Annual statistical returns and brief notes on vaccination in Bengal - 1896-1909
Year: 1896
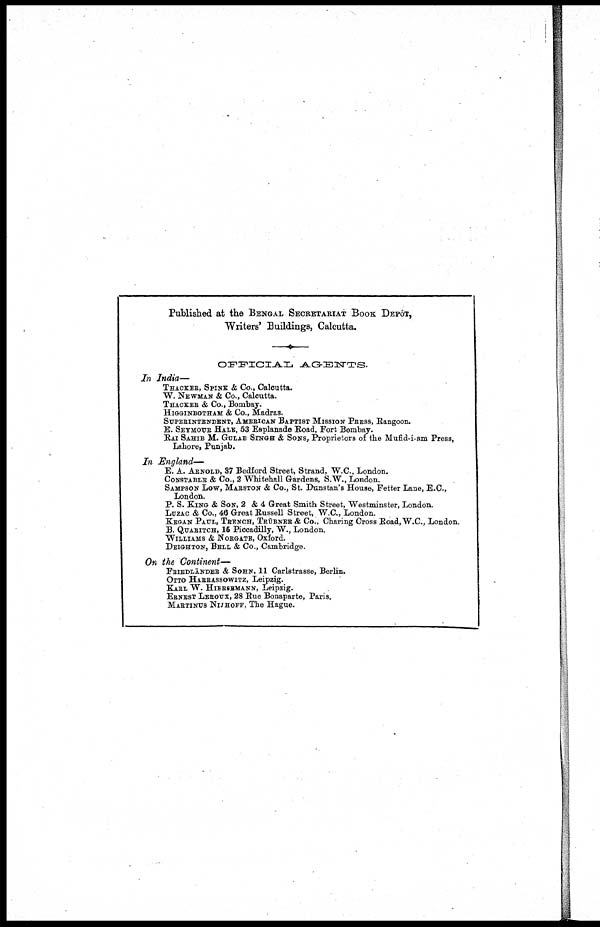
Published at the BENGAL SECRETARIAT BOOK DEPÔT,
Writers' Buildings, Calcutta.
OFFICIAL
AGENTS.
In India—
THACKER, SPINK & Co., Calcutta.
W. NEWMAN & Co., Calcutta.
THACKER & Co., Bombay.
HIGGINBOTHAM & Co., Madras.
SUPERINTENDENT, AMERICAN BAPTIST MISSION PRESS, Rangoon.
E. SEYMOUR HALE, 53 Esplanade Road, Fort Bombay.
RAI SAHIB M. GULAB SINGH & SONS, Proprietors of the Mufid-i-am Press,
Lahore, Punjab.
In England—
E. A. ARNOLD, 37 Bedford Street, Strand, W.C., London.
CONSTABLE & Co., 2 Whitehall Gardens, S.W., London.
SAMPSON LOW, MARSTON & Co., St. Dunstan's House, Fetter Lane, E.C.,
London.
P. S. KING & SON, 2 & 4 Great Smith Street, Westminster, London.
LUZAC & Co., 46 Great Russell Street, W.C., London.
KEGAN PAUL, TRENCH, TRÜBNER & Co., Charing Cross Road, W.C., London.
B. QUARITCH, 16 Piccadilly, W., London.
WILLIAMS & NORGATE, Oxford.
DEIGHTON, BELL & Co., Cambridge.
On the Continent—
FRIEDLÄNDER & SOHN, 11 Carlstrasse, Berlin.
OTTO HARRASSOWITZ, Leipzig.
KARL W. HIERSEMANN, Leipzig.
ERNEST LEROUX, 28 Rue Bonaparte, Paris.
MARTINUS NIJHOFF, The Hague.